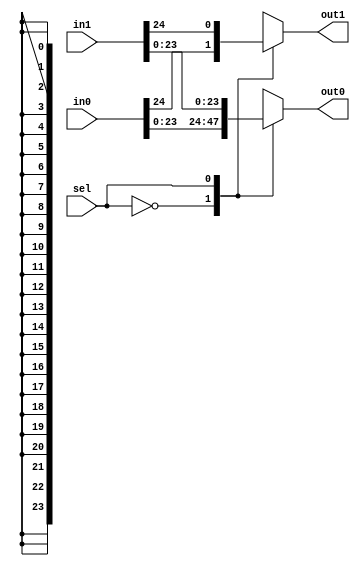
module mux_2_in_2_out_25_bits (in0 , in1 , sel , out0 , out1);
input [24:0]in0,in1;//{ovf_rnd , Mout}
input sel;
output reg [23:0]out0;//Mout
output reg out1;//ovf_rnd
always@(*)
begin
    case(sel)
        1'b0:
            begin
                out0 = in0[23:0];
                out1 = in0[24];
            end
        1'b1:
            begin
                out0 = in1[23:0];
                out1 = in1[24];
            end
    endcase
end
endmodule